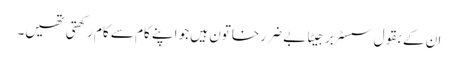
ان کے بقول سسٹر برجیٹا بے ضرر خاتون ہیں جو اپنے کام سے کام رکھتی تھیں۔